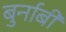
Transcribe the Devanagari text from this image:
बुर्नाबी